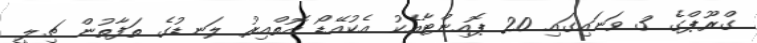
ގްރޫޕްގެ 3 ވަނައިގައި 20 ޕޮއިންޓާއެކު އެކުއޭޑޯ އޮތްއިރު ލަނޑުގެ ތަފާތުން ޗިލީ